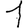
Digit: 1